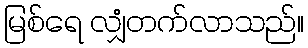
မြစ်ရေ လျှံတက်လာသည်။